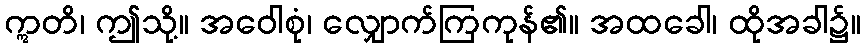
ဣတိ၊ ဤသို့။ အဝေါစုံ၊ လျှောက်ကြကုန်၏။ အထခေါ၊ ထိုအခါ၌။